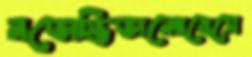
নভোস্তিভালোবেসে